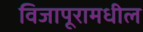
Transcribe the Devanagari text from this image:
विजापूरामधील